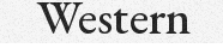
Western